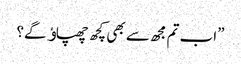
”اب تم مجھ سے بھی کچھ چھپاﺅ گے؟